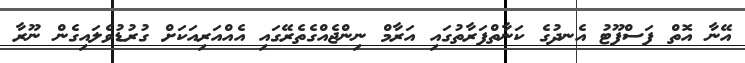
އޭނާ އޮތް ފަސްފޫޓު އެނދުގެ ކަނާތްފަރާތުގައި އަރާމް ނިންޖެއްގެތެރޭގައި އެއްއަރިއަކަށް ގުރުޑުވެލައިގެން ނޫރާ